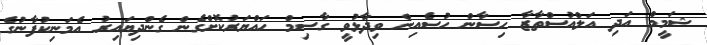
ޝަމީމް އަދި އަލްއުސްތާޒާ ހިސާން ހުސެއިން ވިދާޅުވީ ގާސިމް ހައްޔަރުކޮށްގެން ގެންދިޔައިރު އެމަނިކުފާނުގެ